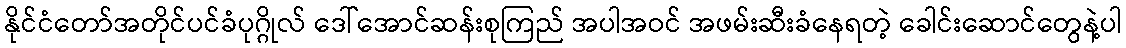
နိုင်ငံတော်အတိုင်ပင်ခံပုဂ္ဂိုလ် ဒေါ်အောင်ဆန်းစုကြည် အပါအဝင် အဖမ်းဆီးခံနေရတဲ့ ခေါင်းဆောင်တွေနဲ့ပါ